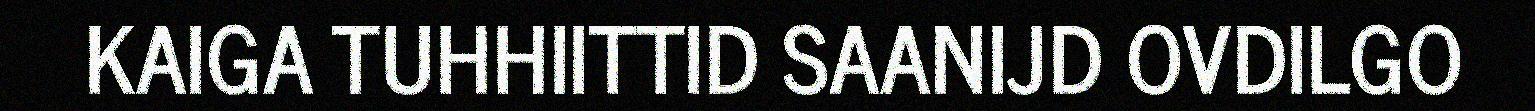
KAIGA TUHHIITTID SAANIJD OVDILGO